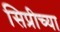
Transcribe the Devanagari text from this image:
सिप्रीच्या